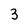
Character: 3